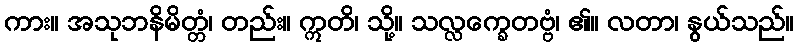
ကား။ အသုဘနိမိတ္တံ၊ တည်း။ ဣတိ၊ သို့။ သလ္လက္ခေတဗ္ဗံ၊ ၏။ လတာ၊ နွယ်သည်။